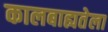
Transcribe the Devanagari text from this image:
कालबाह्यतेला